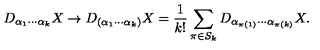
D _ { \alpha _ { 1 } \cdots \alpha _ { k } } X \to D _ { ( \alpha _ { 1 } \cdots \alpha _ { k } ) } X = \frac { 1 } { k ! } \sum _ { \pi \in S _ { k } } D _ { \alpha _ { \pi ( 1 ) } \cdots \alpha _ { \pi ( k ) } } X .